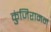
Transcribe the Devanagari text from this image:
कुंजिरामन्